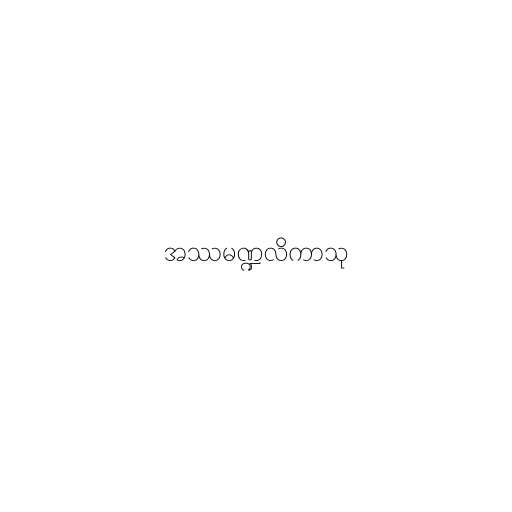
အဿမဏ္ဍလိကာသု